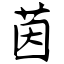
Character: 茵